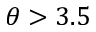
\theta > 3 . 5